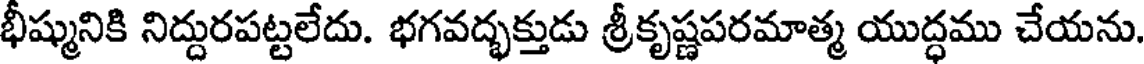
భీష్మునికి నిద్దురపట్టలేదు. భగవద్భక్తుడు శ్రీకృష్ణపరమాత్మ యుద్ధము చేయను